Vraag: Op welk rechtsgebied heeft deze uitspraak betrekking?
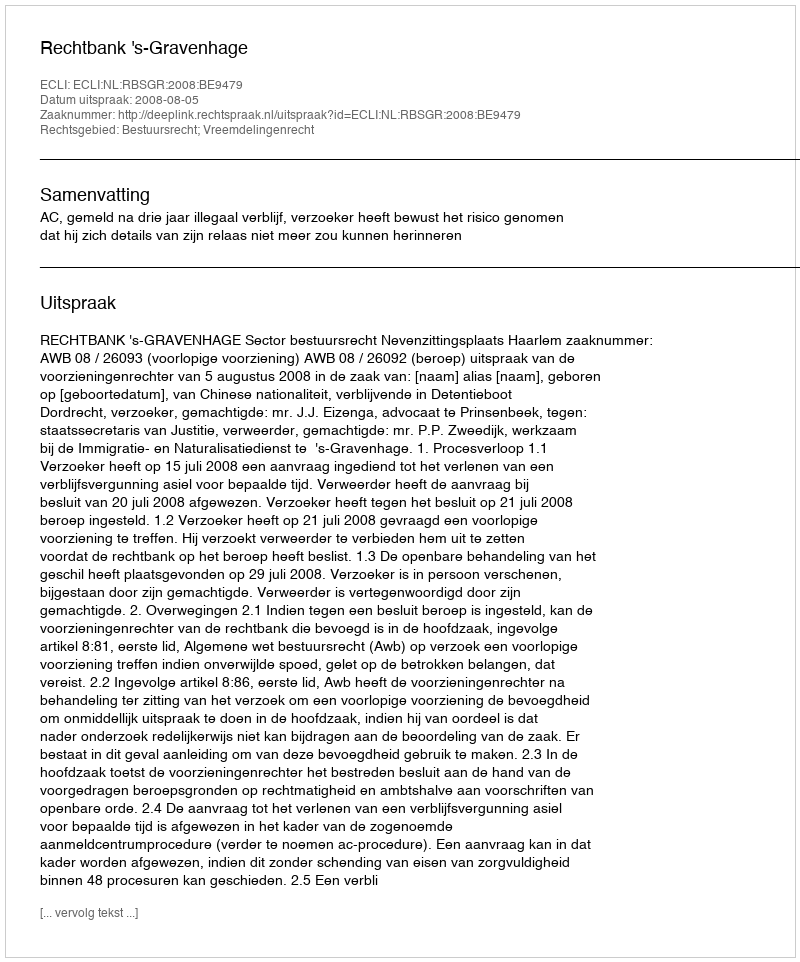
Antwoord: Bestuursrecht; Vreemdelingenrecht